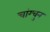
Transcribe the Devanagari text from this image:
चांग्चुन